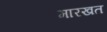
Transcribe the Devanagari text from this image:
मारखत